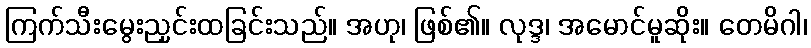
ကြက်သီးမွေးညှင်းထခြင်းသည်။ အဟု၊ ဖြစ်၏။ လုဒ္ဒ၊ အမောင်မူဆိုး။ တေမိဂါ၊